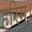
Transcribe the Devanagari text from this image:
हरिम।